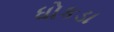
ધોકડા